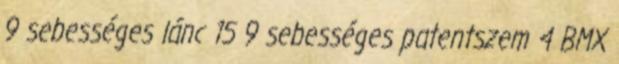
9 sebességes lánc 15 9 sebességes patentszem 4 BMX